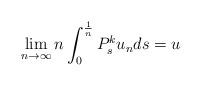
LaTeX: \begin{align*}\lim_{n\rightarrow\infty }n\int_0^{\frac1n}P_s^ku_nds=u\end{align*}